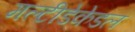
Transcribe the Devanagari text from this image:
मल्टीडेकेडल